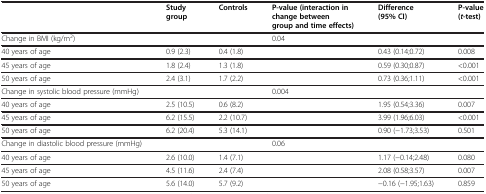
|  | Study group | Controls | P-value (interaction in change between group and time effects) | Difference (95% CI) | P-value (t-test) |
 | --- | --- | --- | --- | --- | --- |
 | Change in BMI (kg/m2) |  |  | 0.04 |  |  |
 | 40 years of age | 0.9 (2.3) | 0.4 (1.8) |  | 0.43 (0.14;0.72) | 0.008 |
 | 45 years of age | 1.8 (2.4) | 1.3 (1.8) |  | 0.59 (0.30;0.87) | <0.001 |
 | 50 years of age | 2.4 (3.1) | 1.7 (2.2) |  | 0.73 (0.36;1.11) | <0.001 |
 | Change in systolic blood pressure (mmHg) |  |  | 0.004 |  |  |
 | 40 years of age | 2.5 (10.5) | 0.6 (8.2) |  | 1.95 (0.54;3.36) | 0.007 |
 | 45 years of age | 6.2 (15.5) | 2.2 (10.7) |  | 3.99 (1.96;6.03) | <0.001 |
 | 50 years of age | 6.2 (20.4) | 5.3 (14.1) |  | 0.90 (−1.73;3.53) | 0.501 |
 | Change in diastolic blood pressure (mmHg) |  |  | 0.06 |  |  |
 | 40 years of age | 2.6 (10.0) | 1.4 (7.1) |  | 1.17 (−0.14;2.48) | 0.080 |
 | 45 years of age | 4.5 (11.6) | 2.4 (7.4) |  | 2.08 (0.58;3.57) | 0.007 |
 | 50 years of age | 5.6 (14.0) | 5.7 (9.2) |  | −0.16 (−1.95;1.63) | 0.859 |